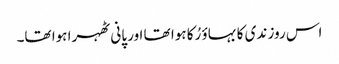
اس روز ندی کا بہاؤ رُکا ہوا تھا اور پانی ٹھہرا ہوا تھا۔